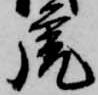
虎